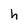
Character: h